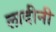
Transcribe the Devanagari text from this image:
लादीनी